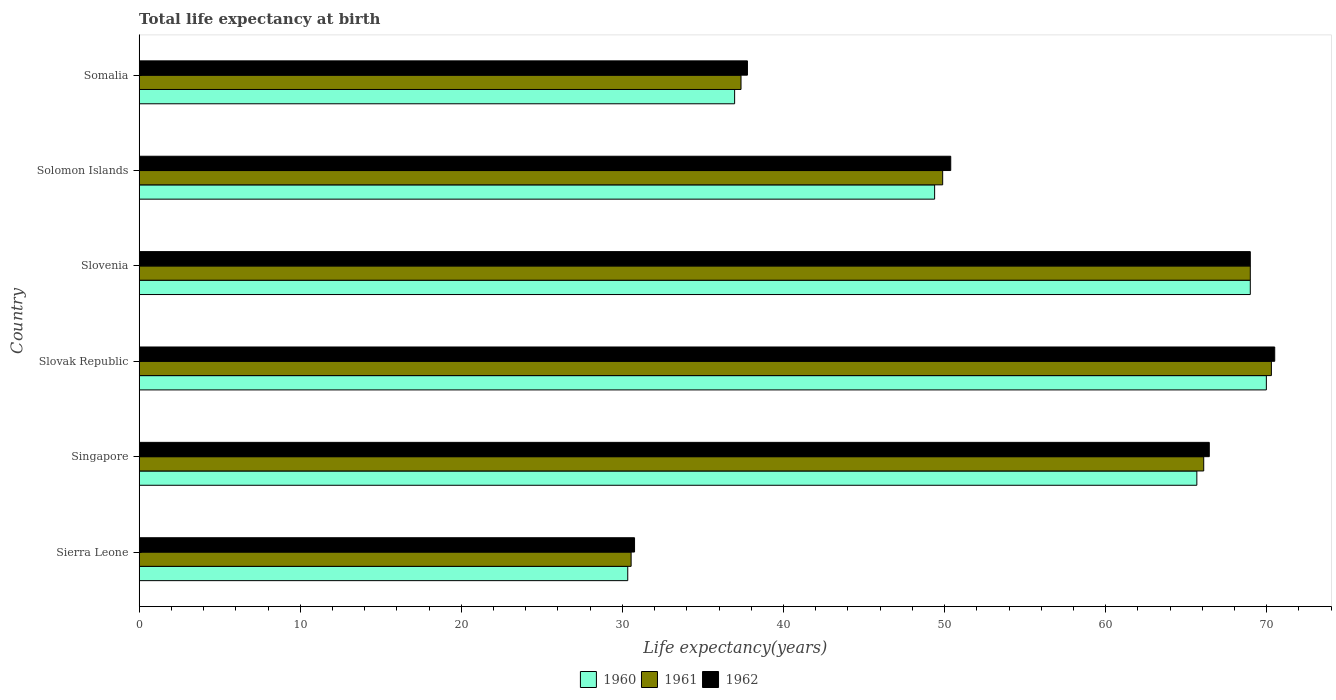
| Country | 1960 | 1961 | 1962 |
 | --- | --- | --- | --- |
 | Sierra Leone | 30.3 | 30.5 | 30.8 |
 | Singapore | 65.7 | 66.1 | 66.4 |
 | Slovak Republic | 70 | 70.3 | 70.5 |
 | Slovenia | 69 | 69 | 69 |
 | Solomon Islands | 49.4 | 49.9 | 50.4 |
 | Somalia | 37 | 37.4 | 37.8 |